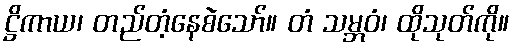
ဋ္ဌိကာယ၊ တည်တံ့နေစဲသော်။ တံ သမ္ဘဝံ၊ ထိုသုတ်ကို။